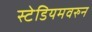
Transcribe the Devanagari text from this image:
स्टेडियमवरुन